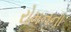
રોમનના